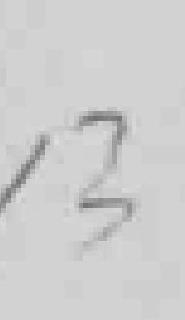
13